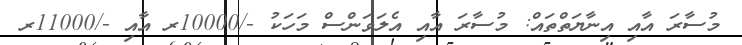
މުސާރަ އާއި އިނާޔަތްތައް: މުސާރަ އާއި އެލަވަންސް މަހަކު -/10000ރ އާއި -/11000ރ